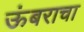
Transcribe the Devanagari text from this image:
ऊंबराचा